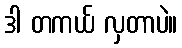
ဒါ တကယ် လှတာပဲ။